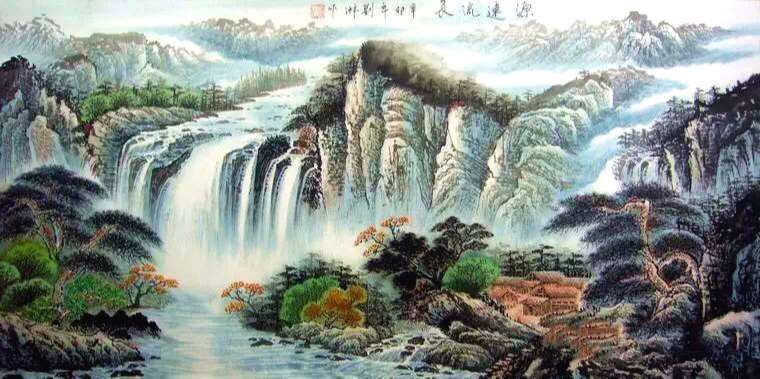
海风吹不断，江月照还空。